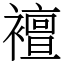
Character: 襢